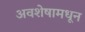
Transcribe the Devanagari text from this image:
अवशेषामधून